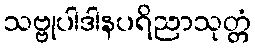
သဗ္ဗုပါဒါနပရိညာသုတ္တံ